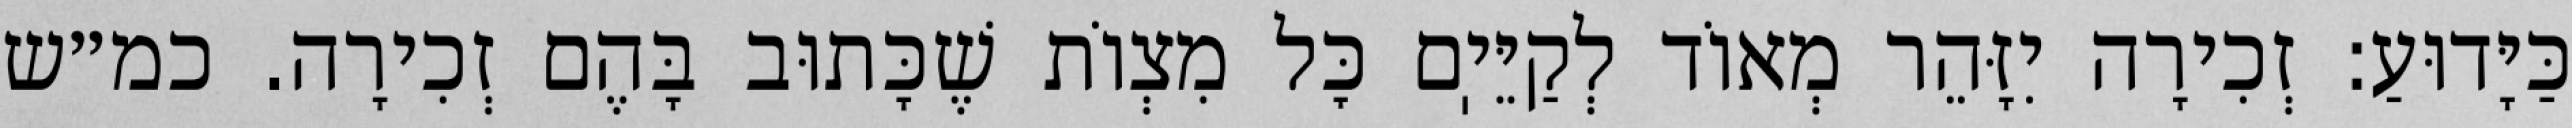
כַּיָּדוּעַ: זְכִירָה יִזָּהֵר מְאוֹד לְקַיֵּיֽם כׇּל מִצְוֹת שֶׁכָּתוּב בָּהֶם זְכִירָה. כמ״ש